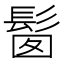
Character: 𩬼